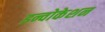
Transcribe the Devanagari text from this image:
इन्वोकेशन